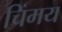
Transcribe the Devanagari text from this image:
चिंमय